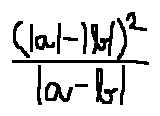
\frac { ( | a | - | b | ) ^ { 2 } } { | a - b | }